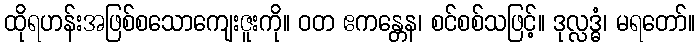
ထိုရဟန်းအဖြစ်စသောကျေးဇူးကို။ ဝတ ဧကန္တေန၊ စင်စစ်သဖြင့်။ ဒုလ္လဒ္ဓံ၊ မရတော်။